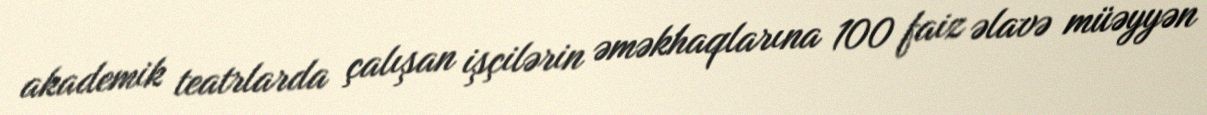
akademik teatrlarda çalışan işçilərin əməkhaqlarına 100 faiz əlavə müəyyən